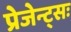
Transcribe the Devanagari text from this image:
प्रेजेन्ट्सः